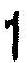
1